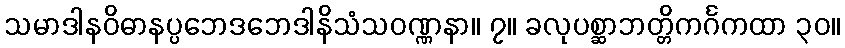
သမာဒါနဝိဓာနပ္ပဘေဒဘေဒါနိသံသဝဏ္ဏနာ။ ၇။ ခလုပစ္ဆာဘတ္တိကင်္ဂကထာ ၃၀။